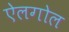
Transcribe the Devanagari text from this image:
ऐलगोल